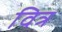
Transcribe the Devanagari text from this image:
वित्र